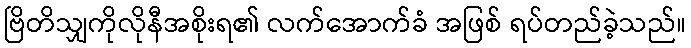
ဗြိတိသျှကိုလိုနီအစိုးရ၏ လက်အောက်ခံ အဖြစ် ရပ်တည်ခဲ့သည်။